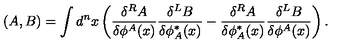
( A , B ) = \int d ^ { n } x \left( \frac { \delta ^ { R } { A } } { \delta \phi ^ { A } ( x ) } \frac { \delta ^ { L } { B } } { \delta \phi _ { A } ^ { * } ( x ) } - \frac { \delta ^ { R } { A } } { \delta \phi _ { A } ^ { * } ( x ) } \frac { \delta ^ { L } { B } } { \delta \phi ^ { A } ( x ) } \right) .